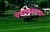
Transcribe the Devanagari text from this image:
पराडकरच्या